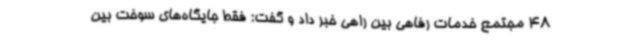
48 مجتمع خدمات رفاهی بین راهی خبر داد و گفت: فقط جایگاه‌های سوخت بین